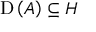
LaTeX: \operatorname { D } \left( A \right) \subseteq H